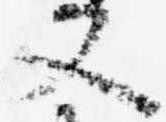
又